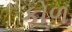
કોળ